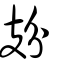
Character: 𢺺